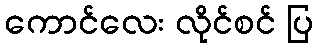
ကောင်လေး လိုင်စင် ပြ